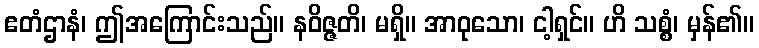
ဧတံဌာနံ၊ ဤအကြောင်းသည်။ နဝိဇ္ဇတိ၊ မရှိ။ အာဝုသော၊ ငါ့ရှင်။ ဟိ သစ္စံ၊ မှန်၏။